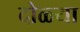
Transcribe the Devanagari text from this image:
दोळ्या